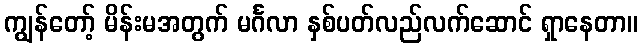
ကျွန်တော့် မိန်းမအတွက် မင်္ဂလာ နှစ်ပတ်လည်လက်ဆောင် ရှာနေတာ။